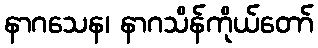
နာဂသေန၊ နာဂသိန်ကိုယ်တော်